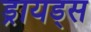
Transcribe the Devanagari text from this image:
ड्रायड्स